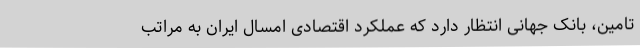
تامین، بانک جهانی انتظار دارد که عملکرد اقتصادی امسال ایران به مراتب